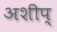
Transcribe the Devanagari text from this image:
अशीप्